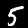
Digit: 5